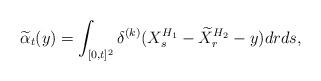
LaTeX: \begin{align*}\widetilde{\alpha}_t(y)=\int_{[0,t]^2}\delta^{(k)}(X^{H_1}_s-\widetilde{X}^{H_2}_r-y)drds,\end{align*}